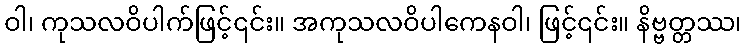
ဝါ၊ ကုသလဝိပါက်ဖြင့်၎င်း။ အကုသလဝိပါကေနဝါ၊ ဖြင့်၎င်း။ နိဗ္ဗတ္တဿ၊